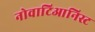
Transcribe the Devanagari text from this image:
नोवाटिआनिस्ट